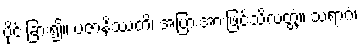
ပိုင်းခြား၍။ ပဇာနိဿတိ၊ အပြားအားဖြင့်သိလတ္တံ့။ သရာဂံ၊